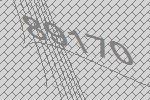
89170